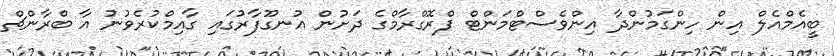
ބީއެމްއެލް އިން ހިންގަމުންދާ އިންވެސްޓްމަންޓް ޕްރޮގްރާމްގެ ދަށުން އުނގޫފާރުގައި ގާއިމްކުރެވުނު އާ ބްރާންޗް